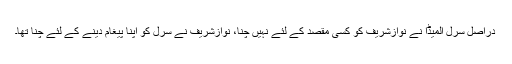
دراصل سرل المیڈا نے نوازشریف کو کسی مقصد کے لئے نہیں چنا، نوازشریف نے سرل کو اپنا پیغام دینے کے لئے چنا تھا۔